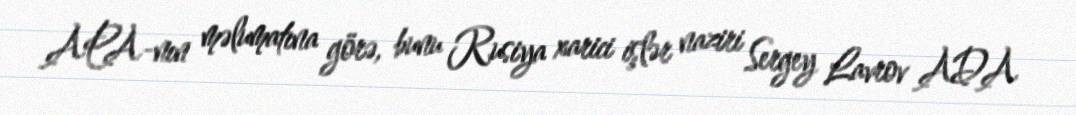
APA-nın məlumatına görə, bunu Rusiya xarici işlər naziri Sergey Lavrov ADA